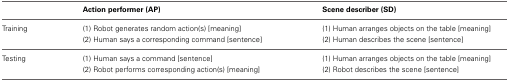
|  | Action performer (AP) | Scene describer (SD) |
 | --- | --- | --- |
 | Training | (1) Robot generates random action(s) [meaning] | (1) Human arranges objects on the table [meaning] |
 |  | (2) Human says a corresponding command [sentence] | (2) Human describes the scene [sentence] |
 | Testing | (1) Human says a command [sentence] | (1) Human arranges objects on the table [meaning] |
 |  | (2) Robot performs corresponding action(s) [meaning] | (2) Robot describes the scene [sentence] |